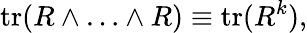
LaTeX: \mathrm{tr}(R\wedge\ldots\wedge R)\equiv\mathrm{tr}(R^{k}),